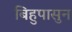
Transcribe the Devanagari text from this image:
बिहुपासुन